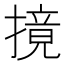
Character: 摬